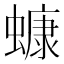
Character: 䗧